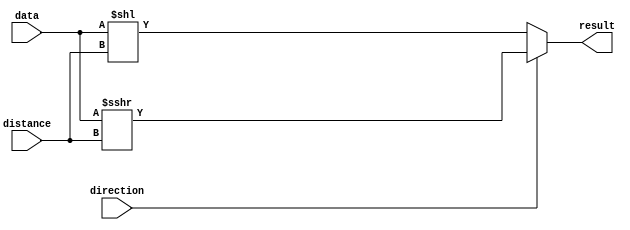
module arithshiftbidir(distance,
                       data,
                       direction,
                       result);

   parameter             lpm_type = "LPM_CLSHIFT";
   parameter             lpm_shifttype = "ARITHMETIC";
   parameter             lpm_width = 32;
   parameter             lpm_widthdist = 5;
   
   input  wire [lpm_widthdist-1:0] distance;
   input  wire [lpm_width-1    :0] data;
   input  wire                     direction;
   output wire [lpm_width-1    :0] result;

   assign result = direction ? data >>> distance : data << distance;
endmodule